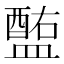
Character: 𥂧